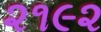
૨૧૯૨